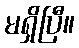
မရှိပြီ။